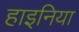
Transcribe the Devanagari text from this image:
हाइनिया